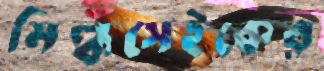
মিল্কসেইকের